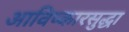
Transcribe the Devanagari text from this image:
आविष्कारसुद्धा